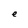
Character: e